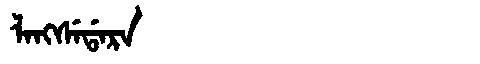
Manchu: ᠯᠠᠩᠰᡝᡩᠠᡵᠠ
Romanization: LANGSEDARA